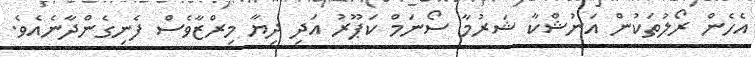
އެހެން ރޯލުތަކުން އަނުޝްކާ ޝަރުމާ ސޯނަމް ކަޕޫރު އަދި ދިޔާ މިރްޒާވެސް ފެނިގެންދާނެއެވެ.